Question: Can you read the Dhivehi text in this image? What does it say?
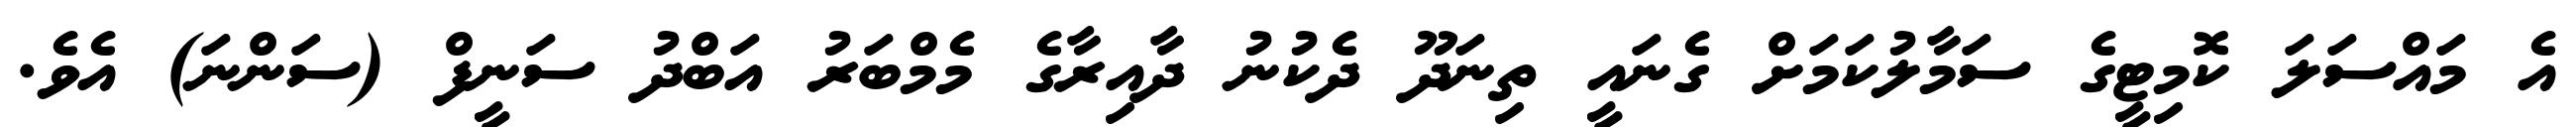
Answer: އެ މައްސަލަ ކޮމިޓީގެ ސަމާލުކަމަށް ގެނައީ ތިނަދޫ ދެކުނު ދާއިރާގެ މެމްބަރު އަބްދު ސަނީފް (ސަންނަ) އެވެ.